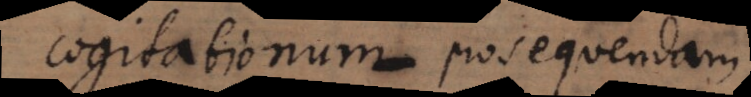
cogitationum prosequendam.